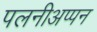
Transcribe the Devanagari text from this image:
पलनीअप्पन